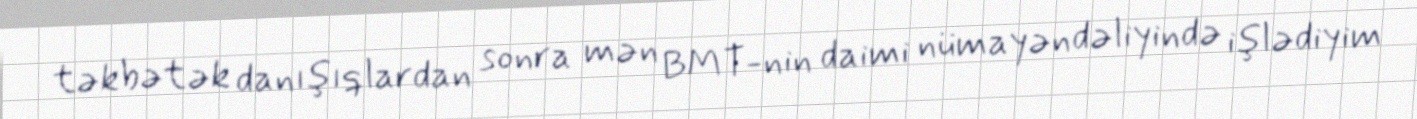
təkbətək danışıqlardan sonra mən BMT-nin daimi nümayəndəliyində işlədiyim